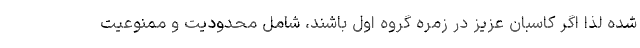
شده لذا اگر کاسبان عزیز در زمره گروه اول باشند، شامل محدودیت و ممنوعیت